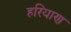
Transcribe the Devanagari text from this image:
हरियाण